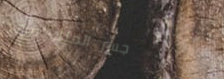
جسر الملك فهد